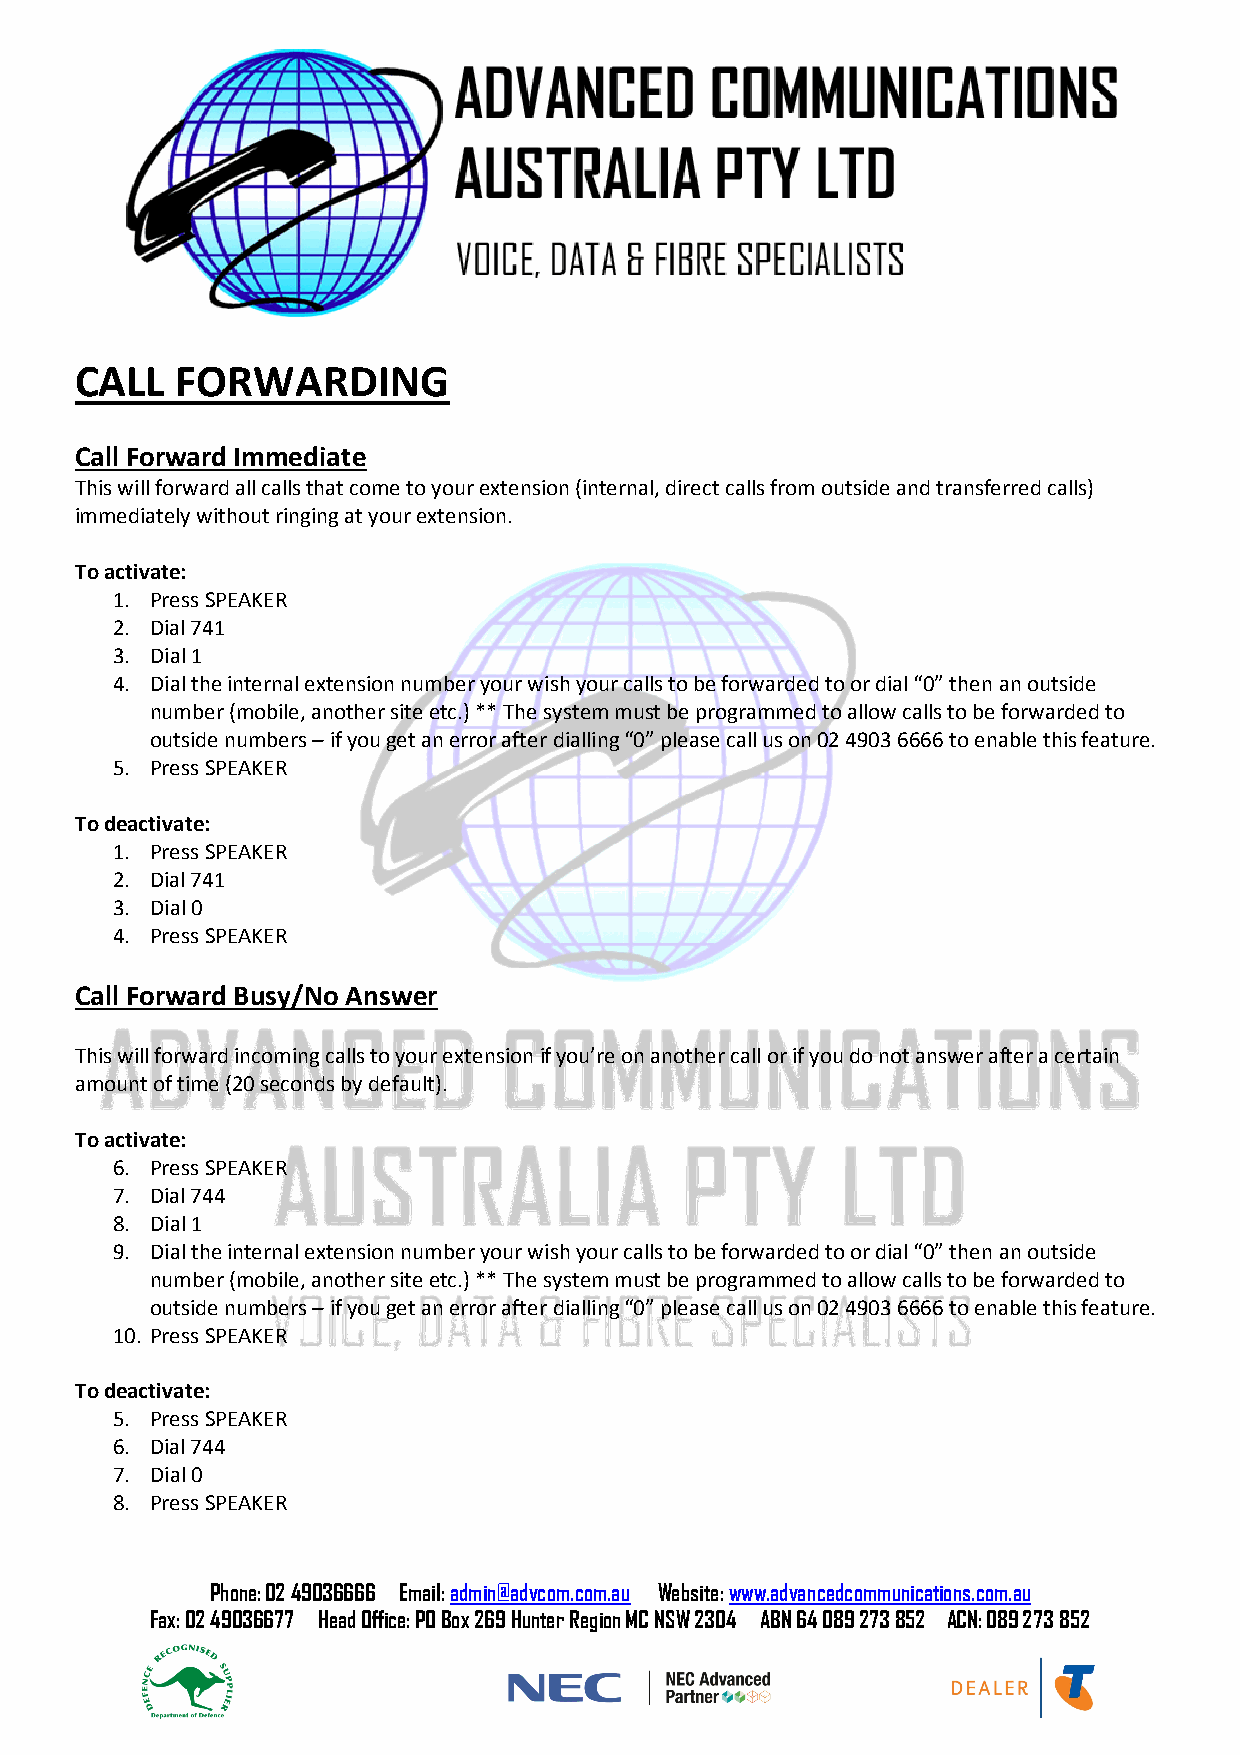
CALL   FORWARDING
 Call Forward Immediate
 This will forward all calls that come to your extension (internal, direct calls from outside and transferred calls)
 immediately without ringing at your extension.
 To activate:
 1. Press SPEAKER
 2. Dial 741
 3. Dial 1
 4. Dial the internal extension number your wish your calls to be forwarded to or dial “0” then an outside
 number (mobile, another site etc.) ** The system must be programmed to allow calls to be forwarded to
 outside numbers – if you get an error after dialling “0” please call us on 02 4903 6666 to enable this feature.
 5. Press SPEAKER
 To deactivate:
 1. Press SPEAKER
 2. Dial 741
 3. Dial 0
 4. Press SPEAKER
 Call Forward Busy/No Answer
 This will forward incoming calls to your extension if you’re on another call or if you do not answer after a certain
 amount of time (20 seconds by default).
 To activate:
 6. Press SPEAKER
 7. Dial 744
 8. Dial 1
 9. Dial the internal extension number your wish your calls to be forwarded to or dial “0” then an outside
 number (mobile, another site etc.) ** The system must be programmed to allow calls to be forwarded to
 outside numbers – if you get an error after dialling “0” please call us on 02 4903 6666 to enable this feature.
 10. Press SPEAKER
 To deactivate:
 5. Press SPEAKER
 6. Dial 744
 7. Dial 0
 8. Press SPEAKER
 Phone: 02 49036666 Email: admin@advcom.com.au Website: www.advancedcommunications.com.au
 Fax: 02 49036677 Head Office: PO Box 269 Hunter Region MC NSW 2304 ABN 64 089 273 852 ACN: 089 273 852